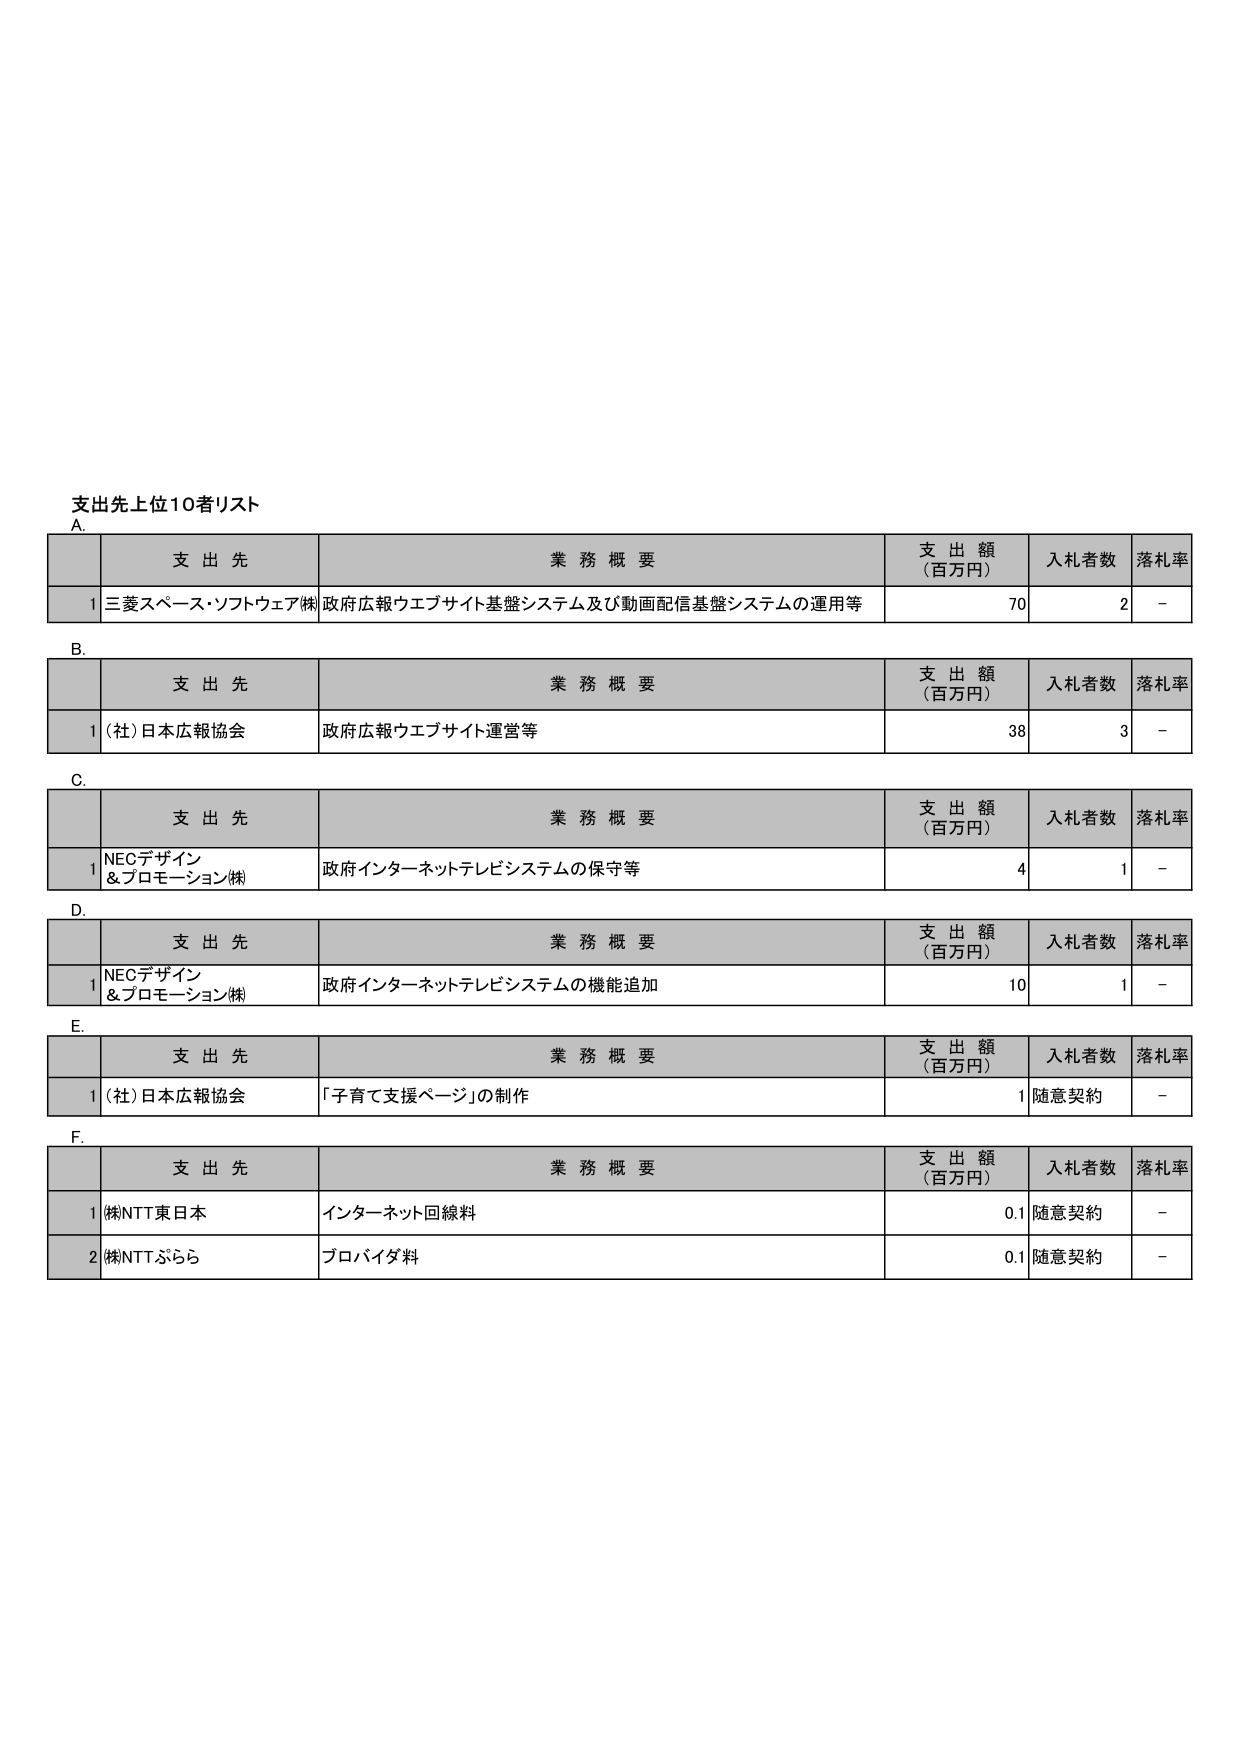
支出先上位10者リスト
A.
支 出 先 業 務 概 要 支 出 額 （百万円） 入札者数 落札率
1 三菱スペース・ソフトウェア㈱ 政府広報ウェブサイト基盤システム及び動画配信基盤システムの運用等 70 2 －

B.
支 出 先 業 務 概 要 支 出 額 （百万円） 入札者数 落札率
1 (社)日本広報協会 政府広報ウェブサイト運営等 38 3 －

C.
支 出 先 業 務 概 要 支 出 額 （百万円） 入札者数 落札率
1 NECデザイン &プロモーション㈱ 政府インターネットテレビシステムの保守等 4 1 －

D.
支 出 先 業 務 概 要 支 出 額 （百万円） 入札者数 落札率
1 NECデザイン &プロモーション㈱ 政府インターネットテレビシステムの機能追加 10 1 －

E.
支 出 先 業 務 概 要 支 出 額 （百万円） 入札者数 落札率
1 (社)日本広報協会 「子育て支援ページ」の制作 1 随意契約 －

F.
支 出 先 業 務 概 要 支 出 額 （百万円） 入札者数 落札率
1 ㈱NTT東日本 インターネット回線料 0.1 随意契約 －
2 ㈱NTTぷらら プロバイダ料 0.1 随意契約 －